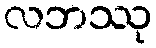
လဘဿု